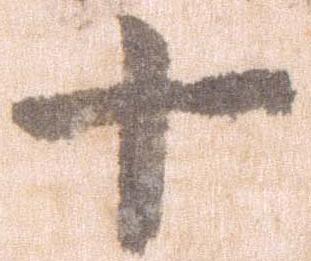
十